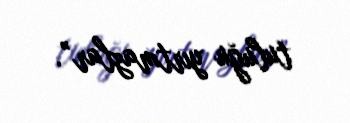
tuluğu yırtmazlar”.